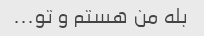
بله من هستم و تو...